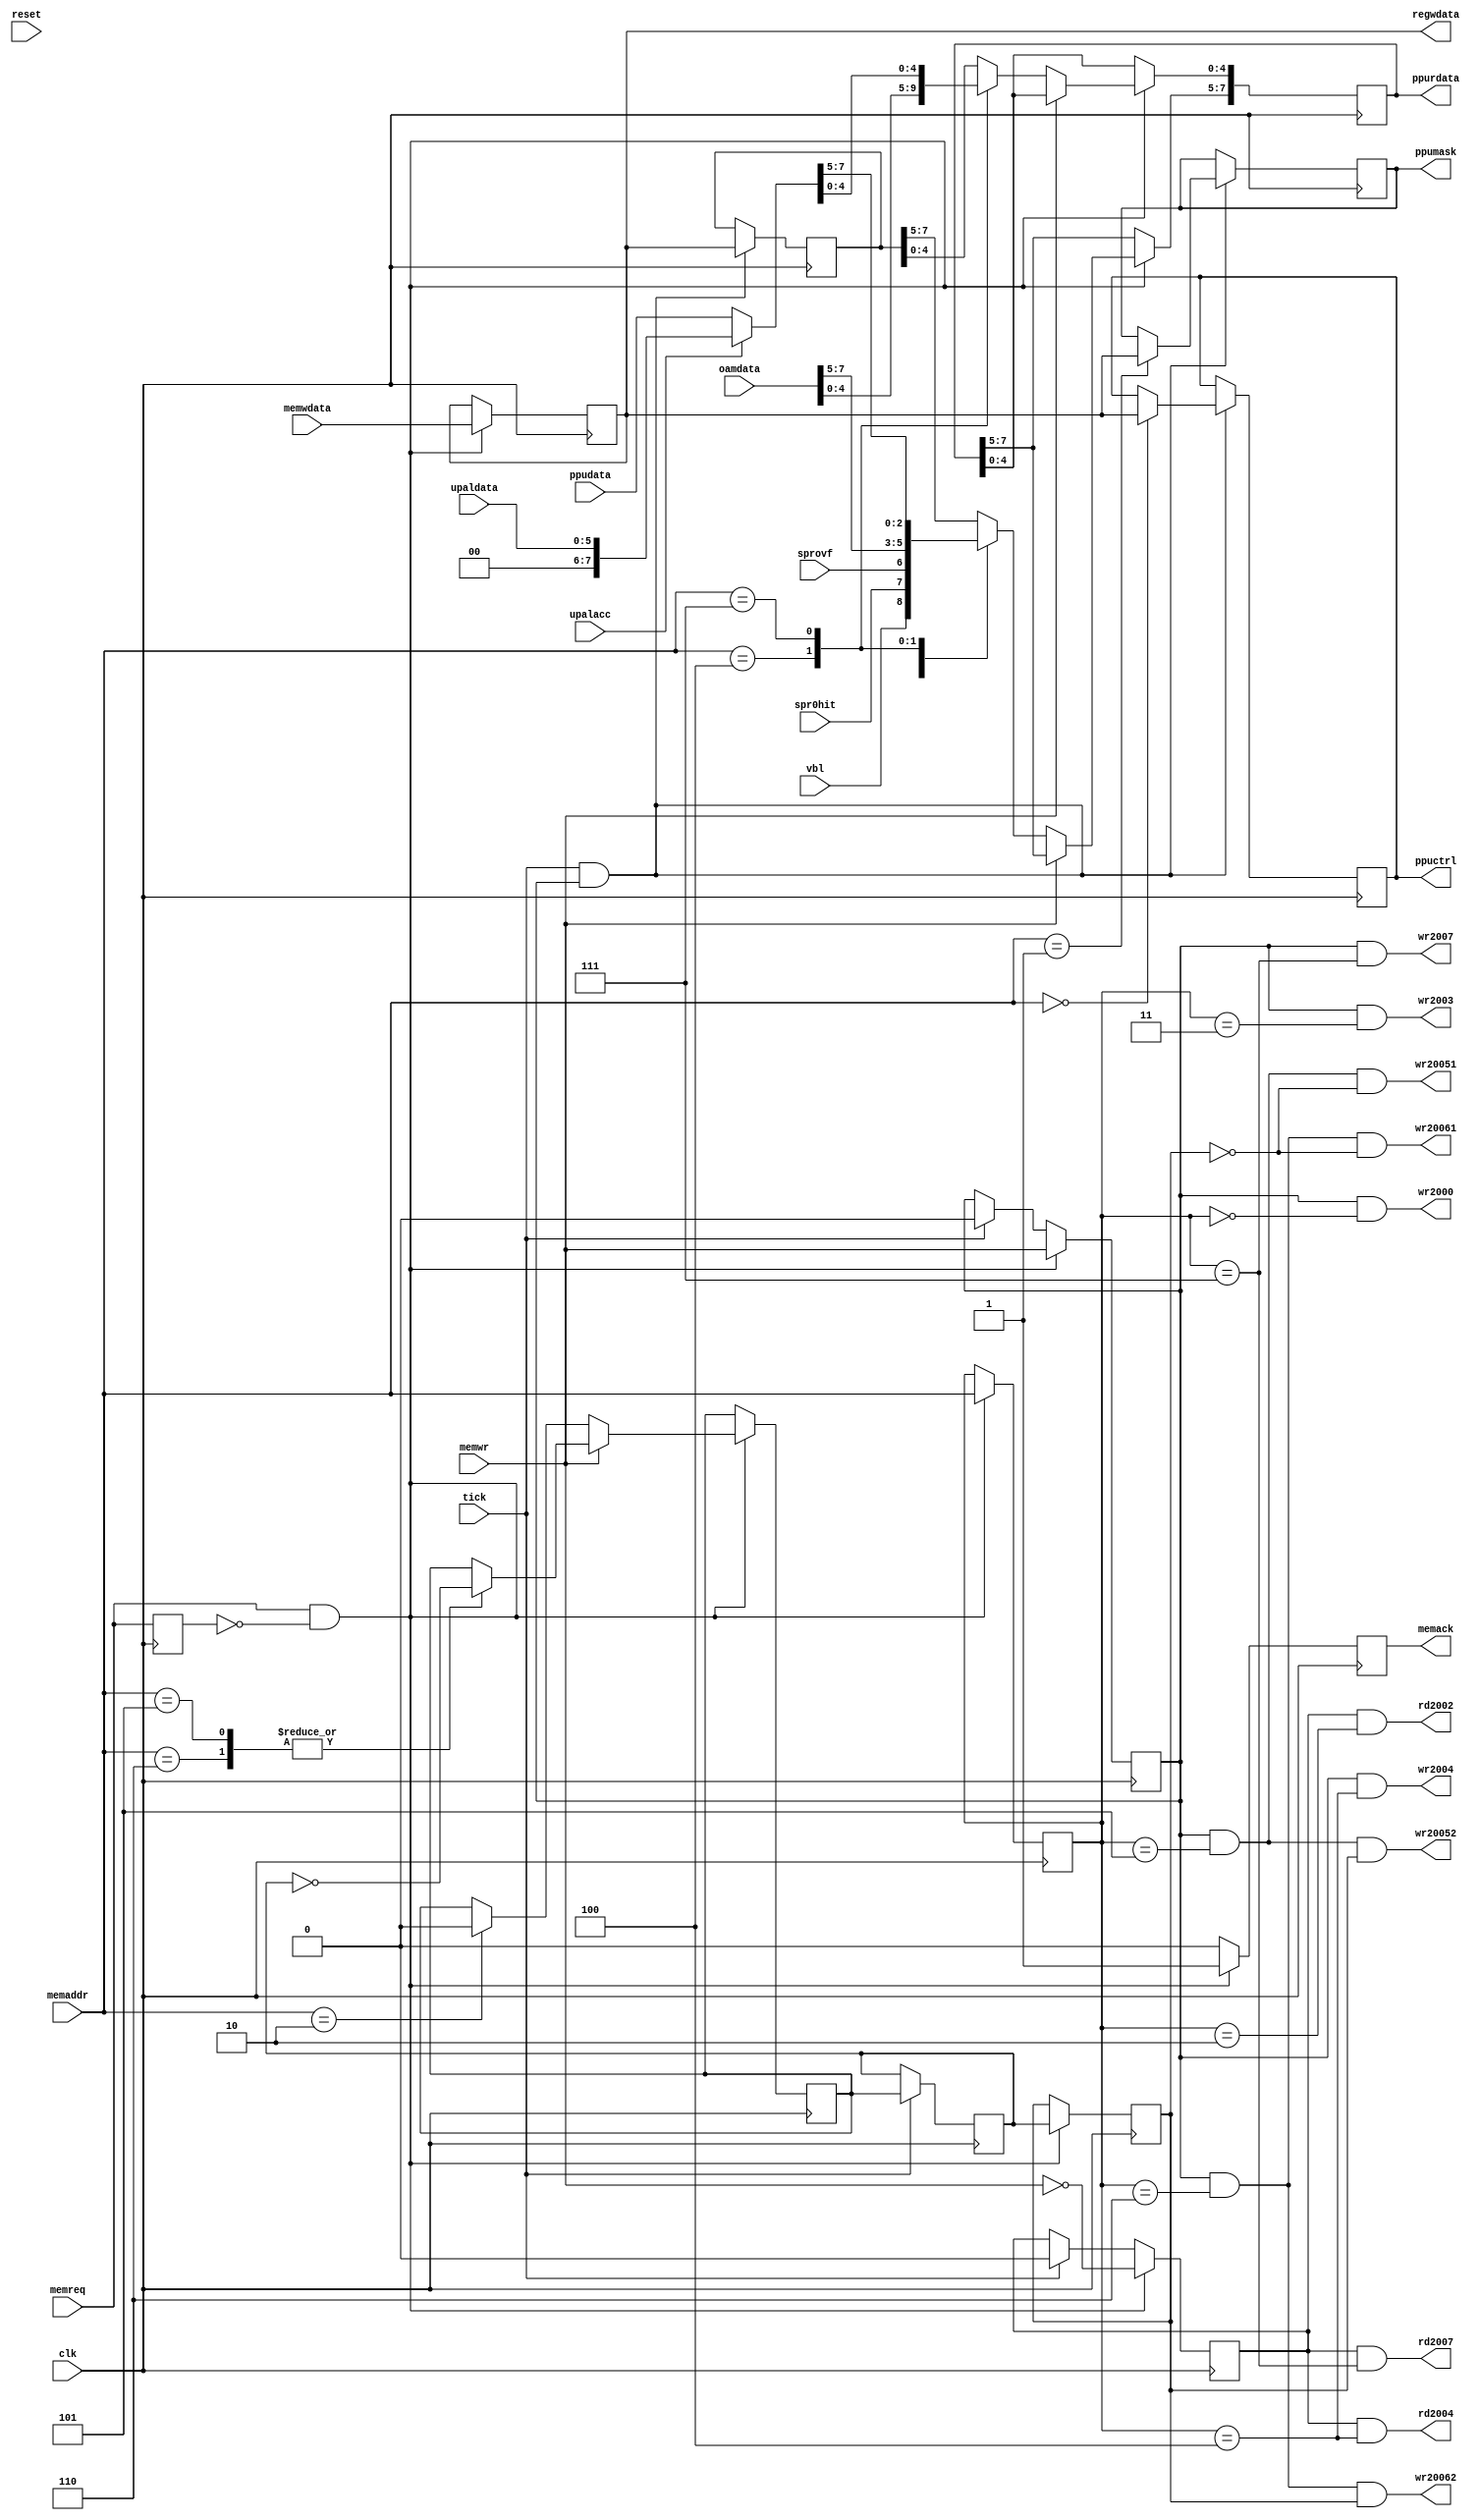
module ppureg(
	input wire clk,
	input wire tick,
	
	input wire [2:0] memaddr,
	output reg [7:0] ppurdata,
	input wire [7:0] memwdata,
	input wire memwr,
	input wire memreq,
	output reg memack,
	
	output reg [7:0] ppuctrl,
	output reg [7:0] ppumask,
	input wire vbl,
	input wire spr0hit,
	input wire sprovf,
	input wire [7:0] oamdata,
	input wire [7:0] ppudata,
	input wire upalacc,
	input wire [5:0] upaldata,
	
	output reg [7:0] regwdata,
	output reg wr2000,
	output reg rd2002,
	output reg wr2003,
	output reg rd2004,
	output reg wr2004,
	output reg wr20051,
	output reg wr20052,
	output reg wr20061,
	output reg wr20062,
	output reg rd2007,
	output reg wr2007,
	
	input wire reset
);

	reg [2:0] smemaddr;
	reg [7:0] smemwdata;
	reg smemwr, smemrd, smemwlatch;
	reg memreq0;
	
	reg [7:0] ppuwbuf;
	reg w, w_;

	always @(posedge clk) begin
		if(tick) begin
			smemwr <= 0;
			smemrd <= 0;
			w <= w_;
		end
		memreq0 <= memreq;
		if(memreq && !memreq0) begin
			smemwr <= memwr;
			smemrd <= !memwr;
			smemaddr <= memaddr;
			smemwdata <= memwdata;
			smemwlatch <= w;
			if(!memwr) begin
				ppurdata <= ppuwbuf;
				case(memaddr)
				2: begin
					ppurdata[7:5] <= {vbl, spr0hit, sprovf};
					w_ <= 0;
				end
				4: ppurdata <= oamdata;
				7: ppurdata <= upalacc ? {2'b00, upaldata} : ppudata;
				endcase
			end else
				case(memaddr)
				5, 6: w_ <= !w;
				endcase
			memack <= 1;
		end else
			memack <= 0;
	end
	
	always @(*) begin
		regwdata = smemwdata;
		wr2000 = smemwr && smemaddr == 0;
		rd2002 = smemrd && smemaddr == 2;
		wr2003 = smemwr && smemaddr == 3;
		rd2004 = smemrd && smemaddr == 4;
		wr2004 = smemwr && smemaddr == 4;
		wr20051 = smemwr && smemaddr == 5 && !smemwlatch;
		wr20052 = smemwr && smemaddr == 5 && smemwlatch;
		wr20061 = smemwr && smemaddr == 6 && !smemwlatch;
		wr20062 = smemwr && smemaddr == 6 && smemwlatch;
		rd2007 = smemrd && smemaddr == 7;
		wr2007 = smemwr && smemaddr == 7;
	end
	
	always @(posedge clk)
		if(tick && smemwr) begin
			ppuwbuf <= smemwdata;
			case(memaddr)
			0: ppuctrl <= smemwdata;
			1: ppumask <= smemwdata;
			endcase
		end

endmodule